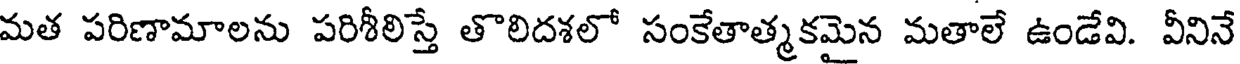
మత పరిణామాలను పరిశీలిస్తే తొలిదశలో సంకేతాత్మకమైన మతాలే ఉండేవి. వీనినే